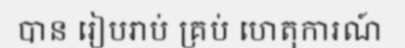
បាន រៀបរាប់ គ្រប់ ហេតុការណ៍